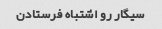
سیگار رو اشتباه فرستادن